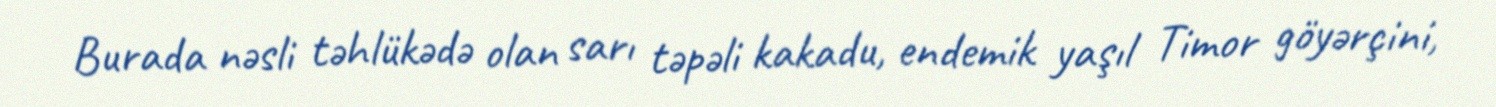
Burada nəsli təhlükədə olan sarı təpəli kakadu, endemik yaşıl Timor göyərçini,